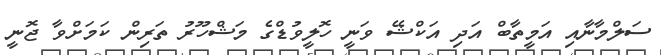
ސަލްމާނާއި އަމީތާބް އަދި އަކްޝޭ ވަނީ ހޮލީވުޑްގެ މަޝްހޫރު ތަރިން ކަމަށްވާ ޖޮނީ